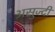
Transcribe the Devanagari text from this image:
असुज्दी